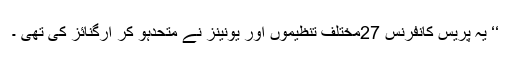
‘‘ یہ پریس کانفرنس 27مختلف تنظیموں اور یونینز نے متحدہو کر آرگنائز کی تھی ۔